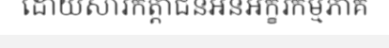
ដោយសារកត្តាជនអនអក្ខរកម្មភាគ